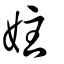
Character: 妵